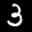
Label: 3